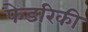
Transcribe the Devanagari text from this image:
फेडरिकी